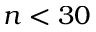
n < 3 0